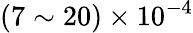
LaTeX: (7\sim 20)\times 10^{-4}